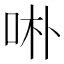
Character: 𱒖